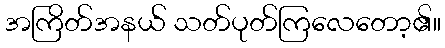
အကြိတ်အနယ် သတ်ပုတ်ကြလေတော့၏။